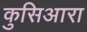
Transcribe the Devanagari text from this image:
कुसिआरा